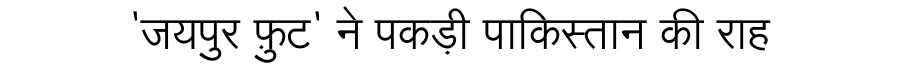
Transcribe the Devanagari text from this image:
'जयपुर फ़ुट' ने पकड़ी पाकिस्तान की राह